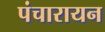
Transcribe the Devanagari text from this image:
पंचारायन